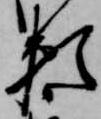
頼